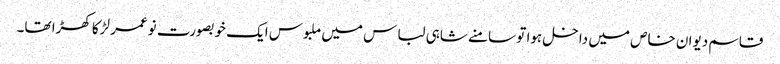
قاسم دیوان خاص میں داخل ہوا تو سامنے شاہی لباس میں ملبوس ایک خوبصورت نوعمر لڑکا کھڑا تھا۔